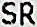
SR